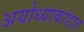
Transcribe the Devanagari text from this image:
अयोध्याकांडात